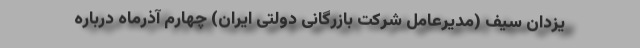
یزدان سیف (مدیرعامل شرکت بازرگانی دولتی ایران) چهارم آذرماه درباره